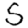
Digit: 5